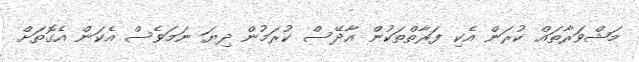
މަޝްވަރާތައް ކުރަން އެކި ފަރާތްތަކުން އާދޭސް ކުރަމުން ދިޔަ ނަމަވެސް އެކަން އެގޮތަށް